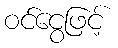
ဝင်ငွေဖြင့်